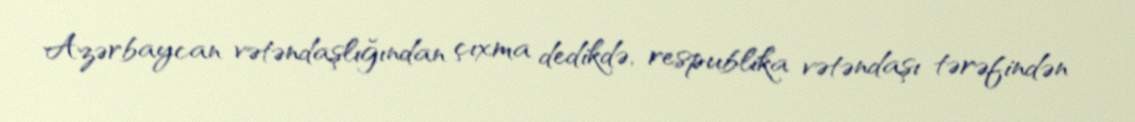
Azərbaycan vətəndaşlığından çıxma dedikdə, respublika vətəndaşı tərəfindən